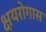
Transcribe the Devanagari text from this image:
क्षयरोगास